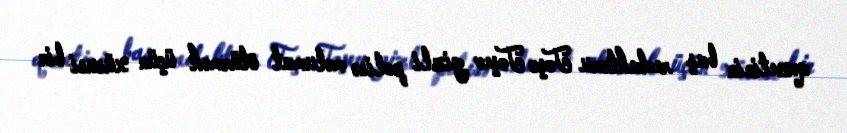
qəzetinin baş redaktoru Toşo Toşev gizli polisə məlumat ötürmək üçün xüsusi bir